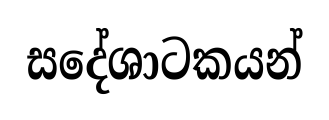
සදේශාටකයන්